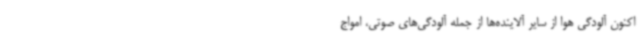
اکنون آلودگی هوا از سایر آلاینده‌ها از جمله آلودگی‌های صوتی، امواج